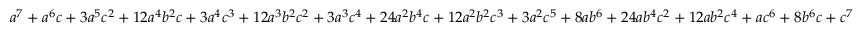
a ^ { 7 } + a ^ { 6 } c + 3 a ^ { 5 } c ^ { 2 } + 1 2 a ^ { 4 } b ^ { 2 } c + 3 a ^ { 4 } c ^ { 3 } + 1 2 a ^ { 3 } b ^ { 2 } c ^ { 2 } + 3 a ^ { 3 } c ^ { 4 } + 2 4 a ^ { 2 } b ^ { 4 } c + 1 2 a ^ { 2 } b ^ { 2 } c ^ { 3 } + 3 a ^ { 2 } c ^ { 5 } + 8 a b ^ { 6 } + 2 4 a b ^ { 4 } c ^ { 2 } + 1 2 a b ^ { 2 } c ^ { 4 } + a c ^ { 6 } + 8 b ^ { 6 } c + c ^ { 7 }